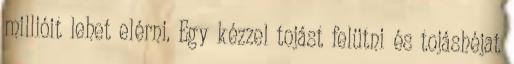
millióit lehet elérni. Egy kézzel tojást felütni és tojáshéjat